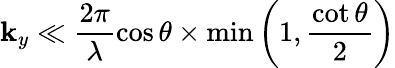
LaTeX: \mathbf{k}_{y}\ll\frac{{2\pi}}{{\lambda}}\cos\theta\times\textrm{{min}}\left(1,\frac{{\cot\theta}}{{2}}\right)